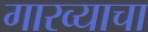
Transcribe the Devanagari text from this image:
गारव्याचा